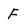
Character: f